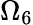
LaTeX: \Omega_{6}